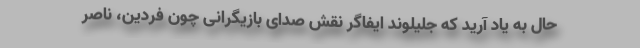
حال به یاد آرید که جلیلوند ایفاگر نقش صدای بازیگرانی چون فردین، ناصر